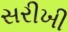
સરીખી